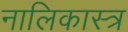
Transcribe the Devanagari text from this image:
नालिकास्‍त्र